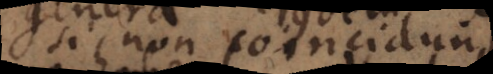
si non coincidunt